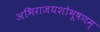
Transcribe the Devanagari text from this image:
अभिराजयशोभूषणम्